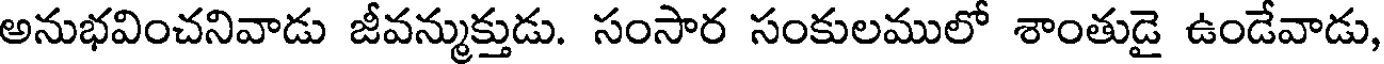
అనుభవించనివాడు జీవన్ముక్తుడు. సంసార సంకులములో శాంతుడై ఉండేవాడు,